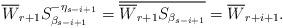
LaTeX: \begin{align*}\overline{W}_{r+1} S^{-\eta_{s-i+1}}_{\beta_{s-i+1}}=\overline{\overline{W}_{r+1}S_{\beta_{s-i+1}}}=\overline{W}_{r+i+1}.\end{align*}